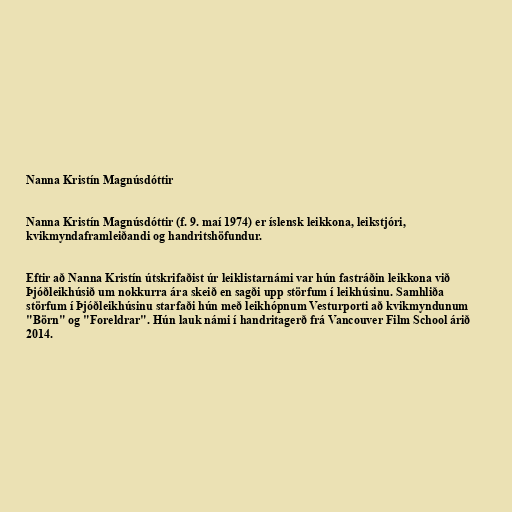
Nanna Kristín Magnúsdóttir

Nanna Kristín Magnúsdóttir (f. 9. maí 1974) er íslensk leikkona, leikstjóri,
kvikmyndaframleiðandi og handritshöfundur.

Eftir að Nanna Kristín útskrifaðist úr leiklistarnámi var hún fastráðin leikkona við
Þjóðleikhúsið um nokkurra ára skeið en sagði upp störfum í leikhúsinu. Samhliða
störfum í Þjóðleikhúsinu starfaði hún með leikhópnum Vesturporti að kvikmyndunum
"Börn" og "Foreldrar". Hún lauk námi í handritagerð frá Vancouver Film School árið
2014.